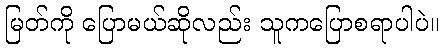
မြတ်ကို ပြောမယ်ဆိုလည်း သူကပြောစရာပါပဲ။